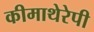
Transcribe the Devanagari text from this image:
कीमाथेरेपी